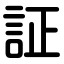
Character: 証